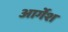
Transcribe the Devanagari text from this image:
आर्गेश